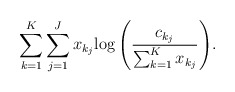
\begin{align*} \sum_{k=1}^K\sum_{j=1}^J x_{k_j}{\log\left( \frac{c_{k_j}}{\sum_{k=1}^K x_{k_j}} \right)}.\end{align*}